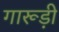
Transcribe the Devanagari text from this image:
गारूड़ी